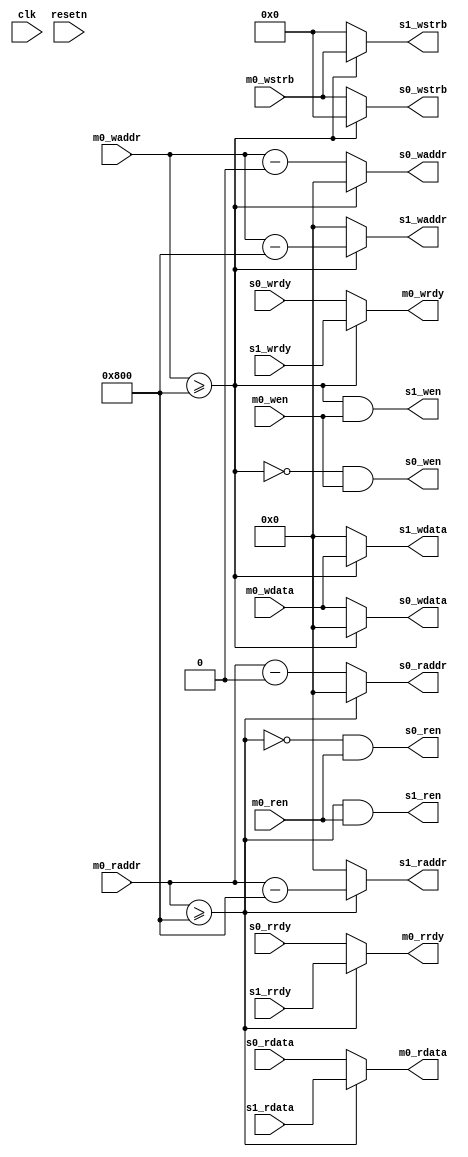
module reg_mux (
    // sys
    clk,
    resetn,
    // master0
    m0_wen,
    m0_waddr,
    m0_wdata,
    m0_wstrb,
    m0_wrdy,
    m0_ren,
    m0_raddr,
    m0_rdata,
    m0_rrdy,
    // slave0,
    s0_wen,
    s0_waddr,
    s0_wdata,
    s0_wstrb,
    s0_wrdy,
    s0_ren,
    s0_raddr,
    s0_rdata,
    s0_rrdy,
    // slave1
    s1_wen,
    s1_waddr,
    s1_wdata,
    s1_wstrb,
    s1_wrdy,
    s1_ren,
    s1_raddr,
    s1_rdata,
    s1_rrdy
);

//****** parameter ******//

parameter SLAVE0_OFFSET = 0;
parameter SLAVE1_OFFSET = 2048;

//****** interface ******//

// sys
input clk;
input resetn;

input         m0_wen;
input  [31:0] m0_waddr;
input  [31:0] m0_wdata;
input   [7:0] m0_wstrb;
output        m0_wrdy;
input         m0_ren;
input  [31:0] m0_raddr;
output [31:0] m0_rdata;
output        m0_rrdy;

output        s0_wen;
output [31:0] s0_waddr;
output [31:0] s0_wdata;
output  [7:0] s0_wstrb;
input         s0_wrdy;
output        s0_ren;
output [31:0] s0_raddr;
input  [31:0] s0_rdata;
input         s0_rrdy;

output        s1_wen;
output [31:0] s1_waddr;
output [31:0] s1_wdata;
output  [7:0] s1_wstrb;
input         s1_wrdy;
output        s1_ren;
output [31:0] s1_raddr;
input  [31:0] s1_rdata;
input         s1_rrdy;

//****** internal signal ******//

// sel
wire wsel;
wire rsel;

//****** internal logic ******//

assign wsel = m0_waddr >= SLAVE1_OFFSET;

// reg write
assign m0_wrdy = ~wsel ? s0_wrdy : s1_wrdy;

assign s0_wen   = ~wsel & m0_wen;
assign s0_waddr = ~wsel ? (m0_waddr-SLAVE0_OFFSET) : 32'b0;
assign s0_wdata = ~wsel ? m0_wdata                 : 32'b0;
assign s0_wstrb = ~wsel ? m0_wstrb                 : 8'b0;

assign s1_wen   = wsel & m0_wen;
assign s1_waddr = wsel ? (m0_waddr-SLAVE1_OFFSET) : 32'b0;
assign s1_wdata = wsel ? m0_wdata                 : 32'b0;
assign s1_wstrb = wsel ? m0_wstrb                 : 8'b0;

// reg read
assign rsel = m0_raddr >= SLAVE1_OFFSET;

assign m0_rdata = ~rsel ? s0_rdata : s1_rdata;
assign m0_rrdy  = ~rsel ? s0_rrdy  : s1_rrdy;

assign s0_ren   = ~rsel & m0_ren;
assign s0_raddr = ~rsel ? (m0_raddr-SLAVE0_OFFSET) : 32'b0;

assign s1_ren   = rsel & m0_ren;
assign s1_raddr = rsel ? (m0_raddr-SLAVE1_OFFSET) : 32'b0;


endmodule